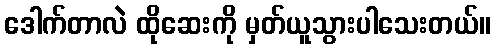
ဒေါက်တာလဲ ထိုဆေးကို မှတ်ယူသွားပါသေးတယ်။